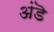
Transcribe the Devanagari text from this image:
अंडॆ